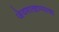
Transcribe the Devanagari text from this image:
जेवणाखाण्याचा